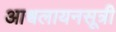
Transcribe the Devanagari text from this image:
आश्वलायनसूत्री